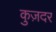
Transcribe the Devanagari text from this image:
कुज़दर